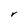
Character: V